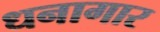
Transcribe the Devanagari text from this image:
धनागार